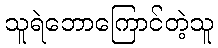
သူရဲဘောကြောင်တဲ့သူ